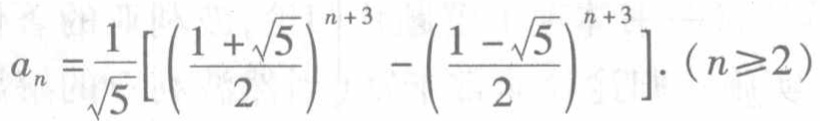
\[a_{n}=\frac{1}{\sqrt{5}}\left[\left(\frac{1 + \sqrt{5}}{2}\right)^{n + 3}-\left(\frac{1 - \sqrt{5}}{2}\right)^{n + 3}\right].(n\geqslant2)\]